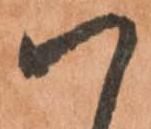
ハ